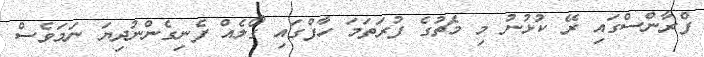
ފްރާންސްގައި ރޭ ކުޅުނު މި މެޗުގެ ފުރަތަމަ ހާފްގައި ގޯލެއް ފެނިގެންނުދިޔަ ނަމަވެސް